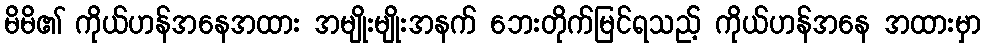
မိမိ၏ ကိုယ်ဟန်အနေအထား အမျိုးမျိုးအနက် ဘေးတိုက်မြင်ရသည့် ကိုယ်ဟန်အနေ အထားမှာ